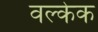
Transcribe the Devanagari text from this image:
वल्केक